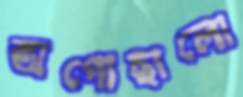
অগোছালো